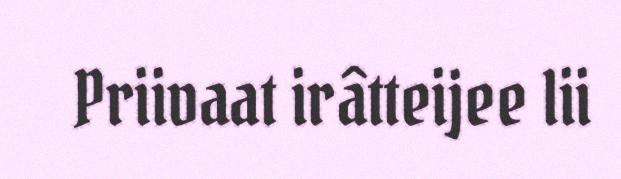
Priivaat irâtteijee lii